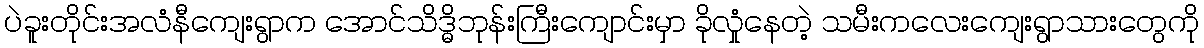
ပဲခူးတိုင်းအလံနီကျေးရွာက အောင်သိဒ္ဓိဘုန်းကြီးကျောင်းမှာ ခိုလှုံနေတဲ့ သမီးကလေးကျေးရွာသားတွေကို